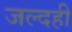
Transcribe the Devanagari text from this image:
जल्दही